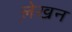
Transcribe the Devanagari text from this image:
ले़खन